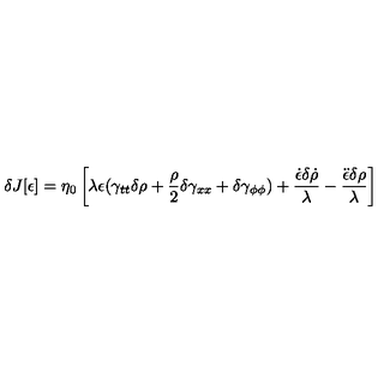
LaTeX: \delta J [ \epsilon ] = \eta _ { 0 } \left[ \lambda \epsilon ( \gamma _ { t t } \delta \rho + \frac { \rho } { 2 } \delta \gamma _ { x x } + \delta \gamma _ { \phi \phi } ) + \frac { \dot { \epsilon } \delta \dot { \rho } } { \lambda } - \frac { \ddot { \epsilon } \delta \rho } { \lambda } \right]